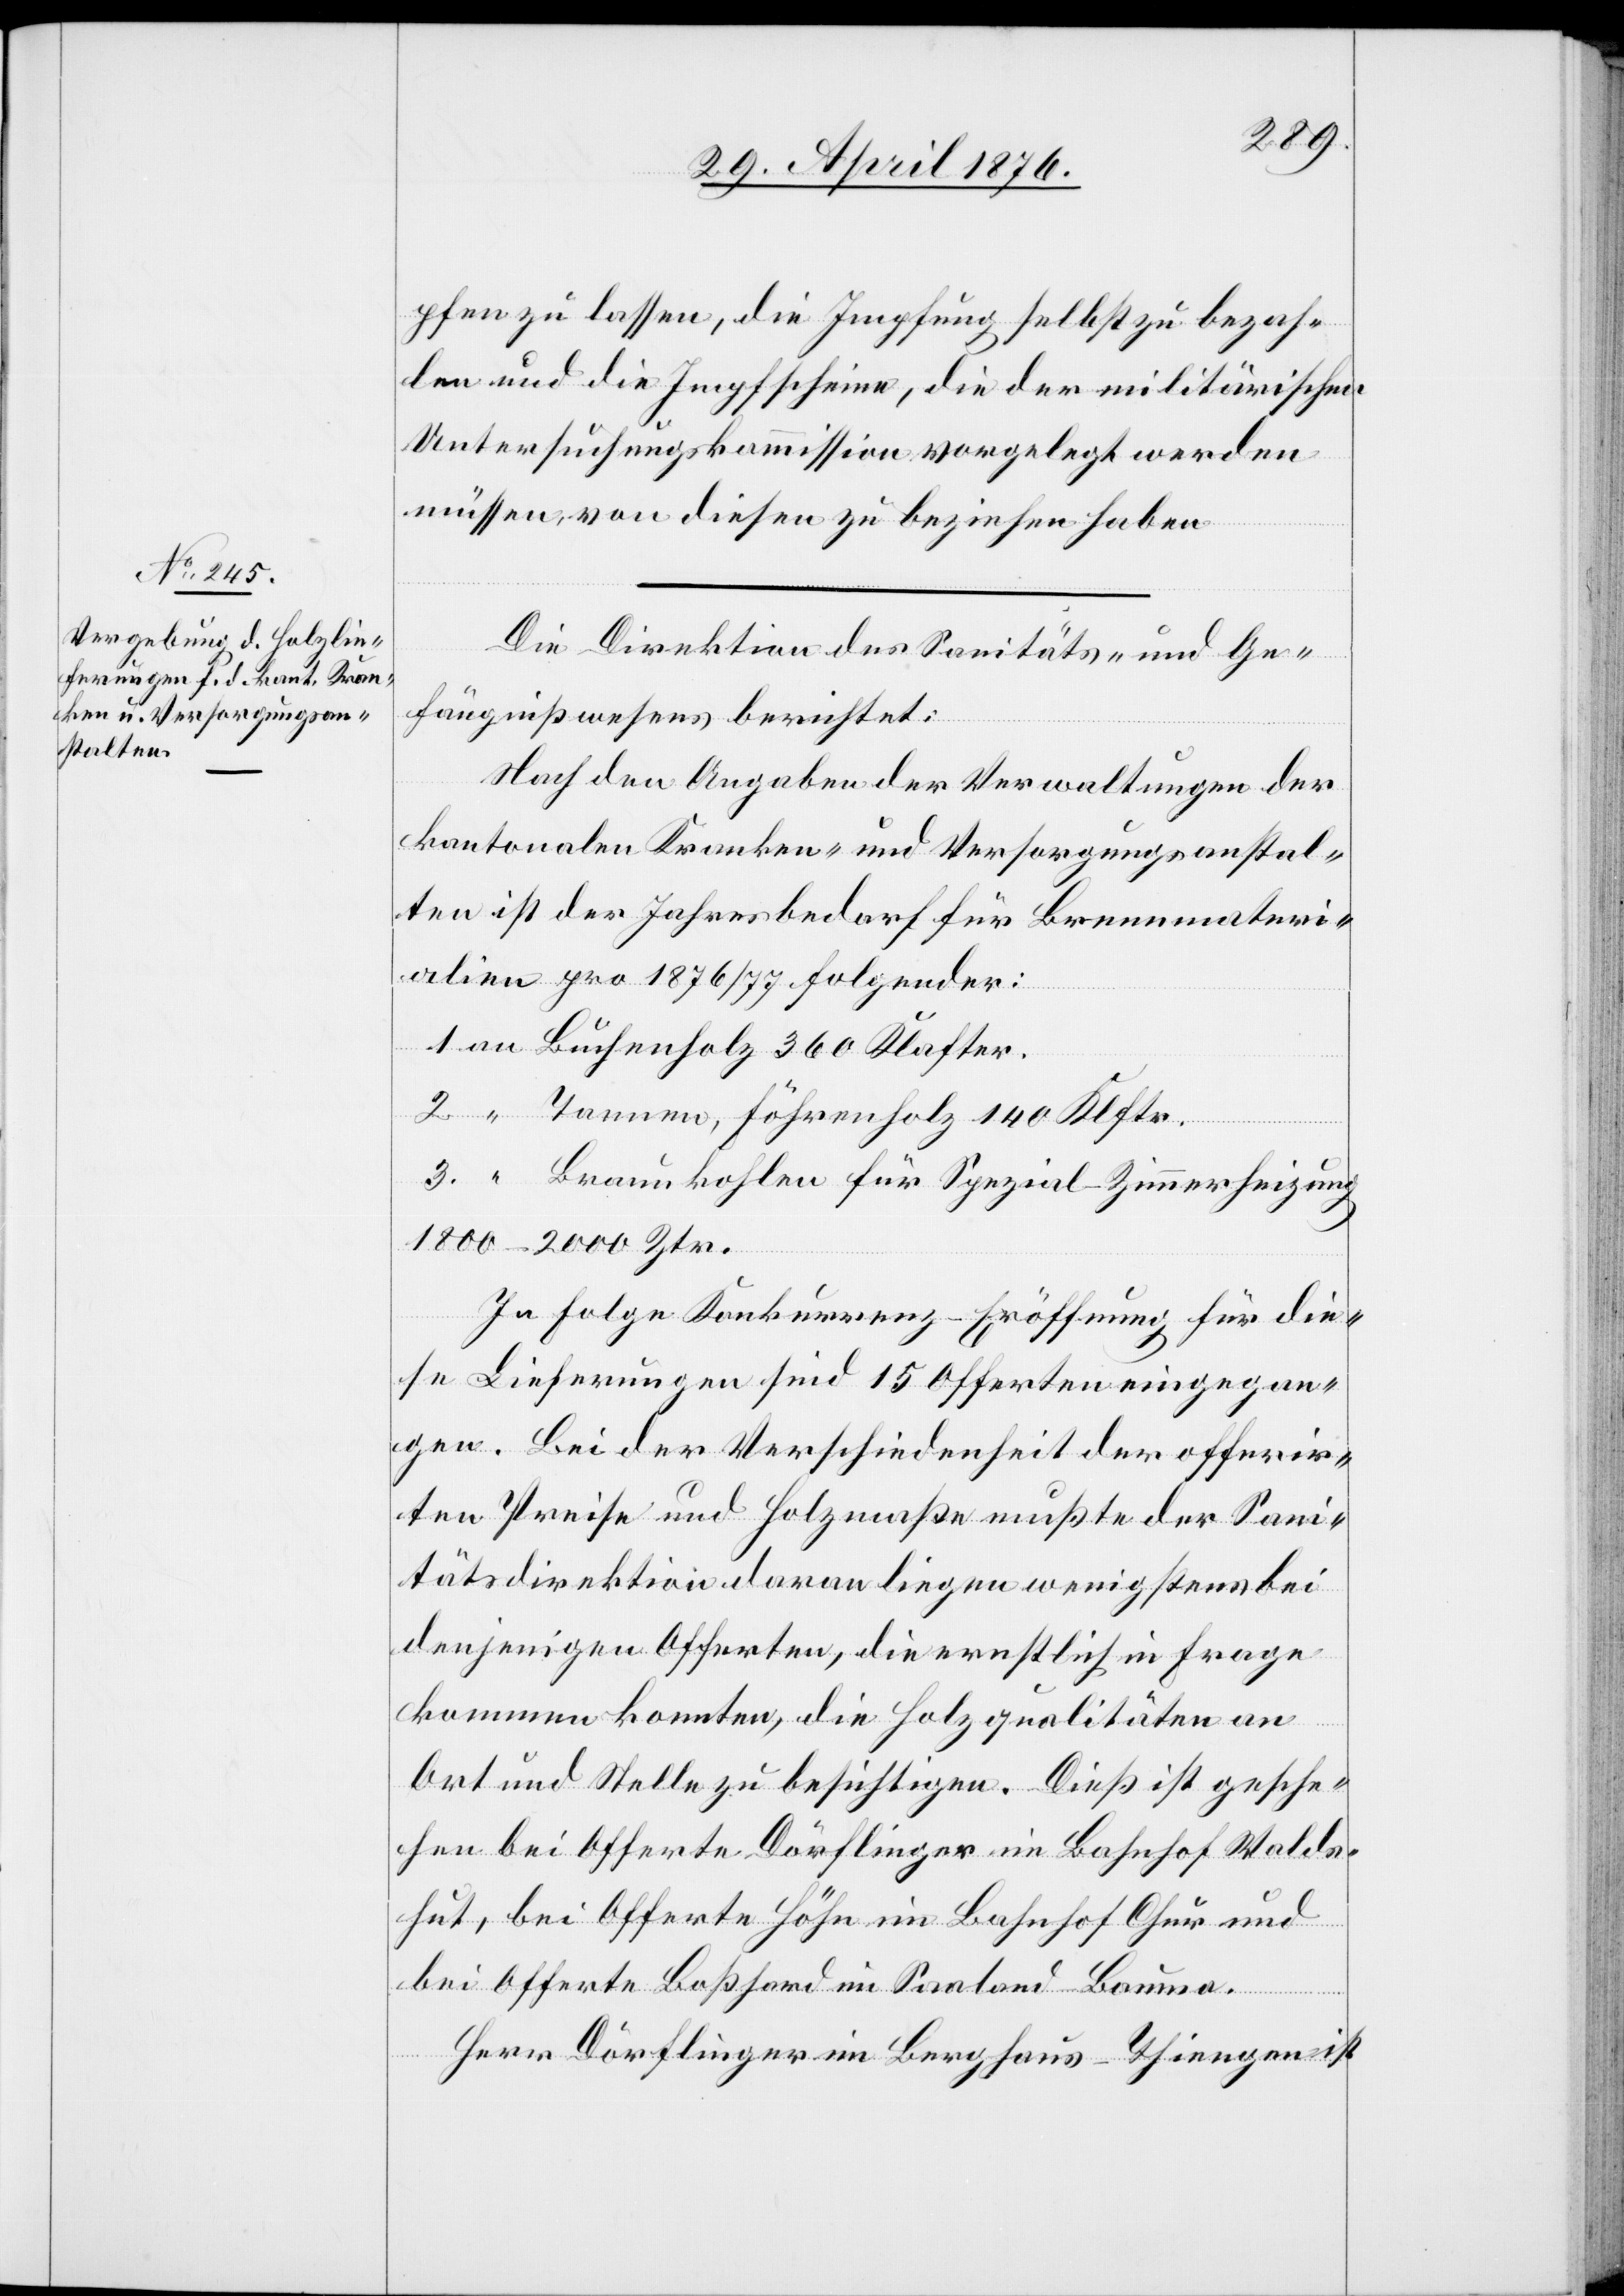
pfen zu lassen, die Impfung selbst zu bezah¬
len und die Impfscheine, die der militärischen
Untersuchungskommission vorgelegt werden
müssen, von diesen zu beziehen haben.
Die Direktion des Sanitäts- und Ge¬
erheizung
fängnißwesens berichtet:
Nach den Angaben der Verwaltungen der
kantonalen Kranken- und Versorgungsanstal¬
ten ist der Jahresbedarf für Brennmateri¬
alien pro 1876/77 folgender:
3.
Buchenholz 360 Klafter.
1800–2000 Ztr.
In Folge Konkurrenz-Eröffnung für die¬
se Lieferungen sind 15 Offerten eingegan¬
gen. Bei der Verschiedenheit der offerir¬
ten Preise und Holzmaße mußte der Sani¬
tätsdirektion daran liegen wenigstens bei
denjenigen Offerten, die ernstlich in Frage
kommen konnten, die Holzqualitäten an
Ort und Stelle zu besichtigen. Dies ist gesche¬
hen bei Offerte Dörflinger im Bahnhof Walds¬
hut, bei Offerte Höhn im Bahnhof Chur und
bei Offerte Boßhard im Saaland - Bauma.
Herr Dörflinger im Berghaus - Thiengen ist